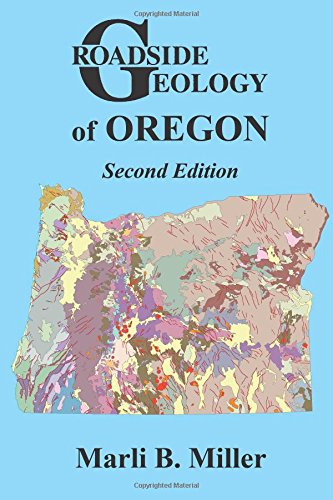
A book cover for Roadside Geology of Oregon; Marli B. Miller; Science & Math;